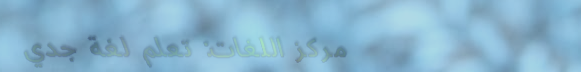
مركز اللغات: تعلم لغة جدي